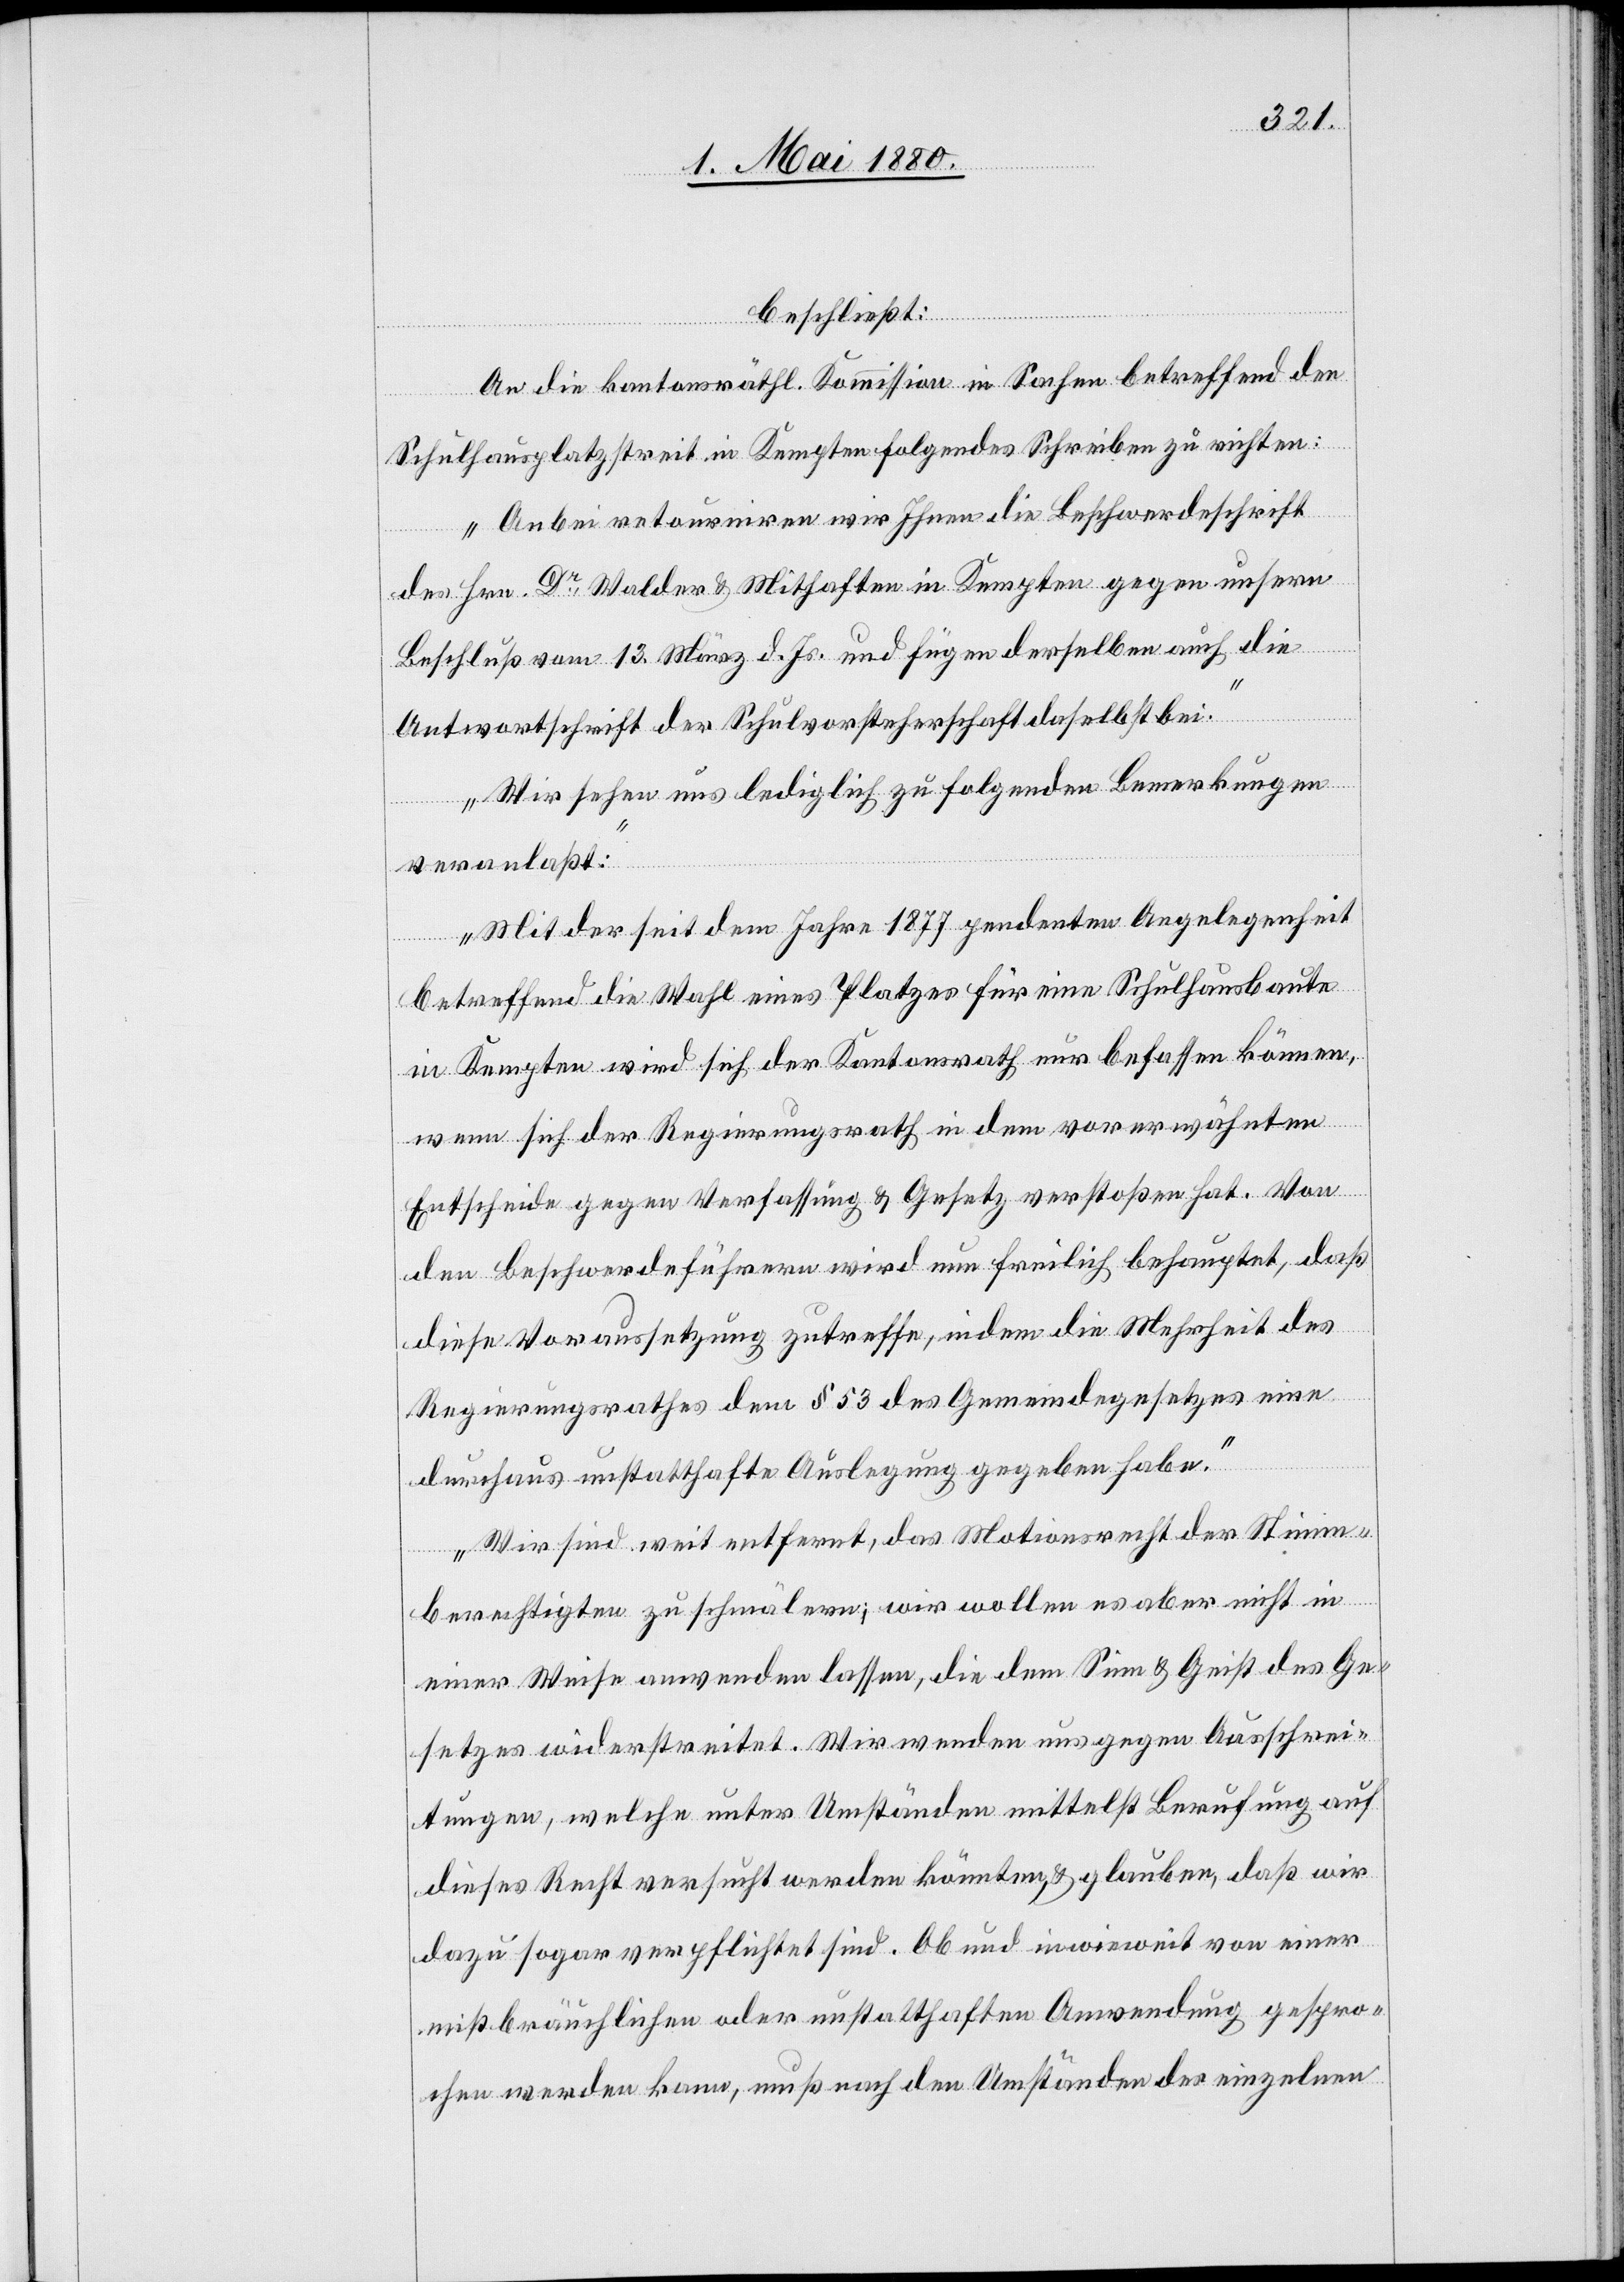
beschließt:
An die kantonsräthl. Kommission in Sachen betreffend den
Schulhausplatz in Kempten folgendes Schreiben zu richten:
„Anbei retourniren wir Ihnen die Beschwerdeschrift
des Hrn. Dr Walder & Mithaften in Kempten gegen unsern
Beschluß vom 13. März d. Js. und fügen derselben auch die
Antwortschrift der Schulvorsteherschaft daselbst bei.
Wir sehen uns lediglich zu folgenden Bemerkungen
veranlaßt:
Mit der seit dem Jahre 1877 pendenten Angelegenheit
betreffend die Wahl eines Platzes für die Schulhausbaute
in Kempten wird sich der Kantonsrath nur befassen können,
wenn sich der Regierungsrath in dem vorerwähnten
Entscheide gegen Verfassung & Gesetz verstoßen hat [sic!]. Von
den Beschwerdeführern wird nun freilich behauptet, daß
diese Voraussetzung zutreffe, indem die Mehrheit des
Regierungsrathes dem § 53 des Gemeindegesetzes eine
durchaus unstatthafte Auslegung gegeben habe.
Wir sind weit entfernt, das Motionsrecht der Stimm¬
berechtigten zu schmälern; wir wollen es aber nicht in
einer Weise anwenden lassen, die dem Sinn & Geist des Ge¬
setzes widerstreitet. Wir wenden uns gegen Ausschrei¬
tungen, welche unter Umständen mittelst Berufung auf
dieses Recht versucht werden könnten & glauben, daß wir
dazu sogar verpflichtet sind. Ob und inwieweit von einer
mißbräuchlichen oder unstatthaften Anwendung gespro¬
chen werden kann, muß nach den Umständen des einzelnen